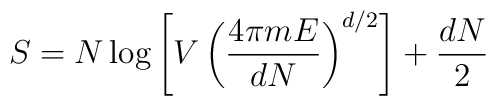
S=N\log \left[V\left(\frac{4\pi m E}{d N}\right)^{d/2}\right]+\frac{d N}{2}